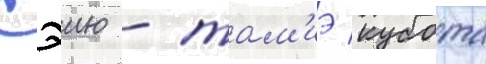
Сэию - там'иэ кубота